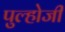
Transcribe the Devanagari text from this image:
पुल्होजी